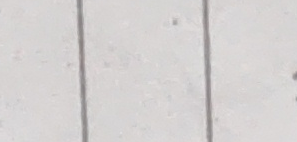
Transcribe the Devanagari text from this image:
दिए